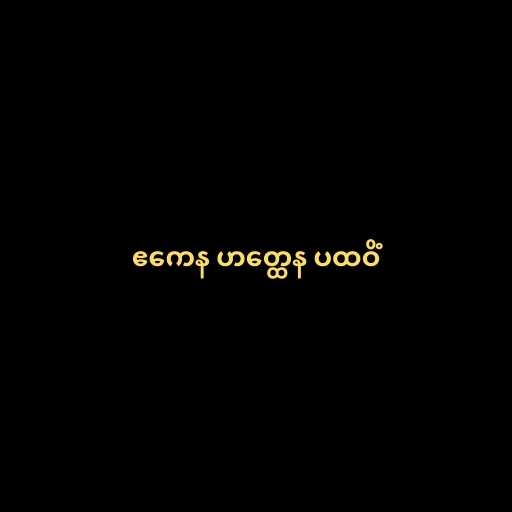
ဧကေန ဟတ္ထေန ပထဝိံ